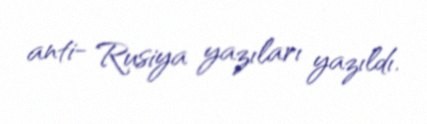
anti- Rusiya yazıları yazıldı.